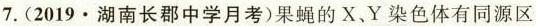
7.(2019·湖南长郡中学月考)果蝇的X.Y染色体有同源区段和非同源区